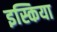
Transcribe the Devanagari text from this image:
इस्किया